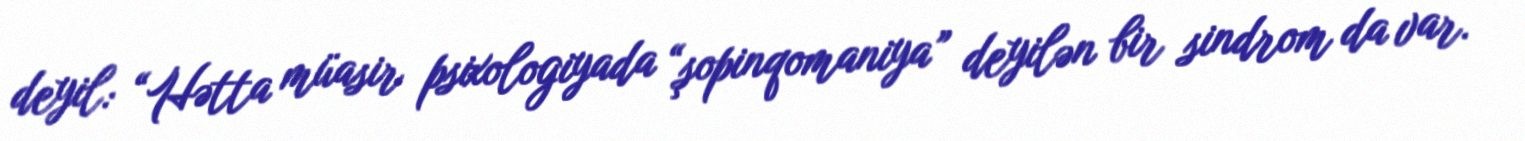
deyil: “Hətta müasir psixologiyada “şopinqomaniya” deyilən bir sindrom da var.